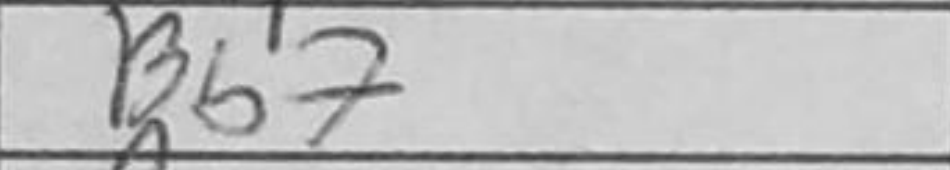
Transcription: Bb7